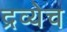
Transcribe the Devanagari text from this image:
द्रव्येच